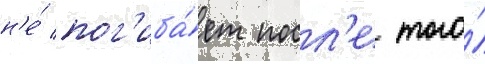
н'е́ пог'иба́ет посл'е того́